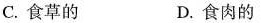
C.食草的 D.食肉的